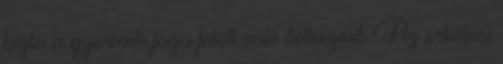
bízta a gyermek joga fölött való ítélkezést. Az erkölcsi